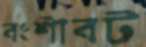
বংশীবট